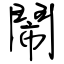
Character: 鬧